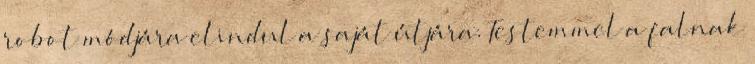
robot módjára elindul a saját útjára. Testemmel a falnak